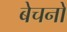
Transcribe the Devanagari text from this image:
बेचनों